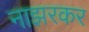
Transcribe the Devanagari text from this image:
नाझरकर